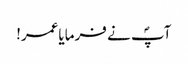
آپؐ نے فرمایاعمر!